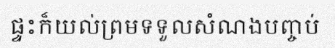
ផ្ទះក៏យល់ព្រមទទួលសំណងបញ្ចប់